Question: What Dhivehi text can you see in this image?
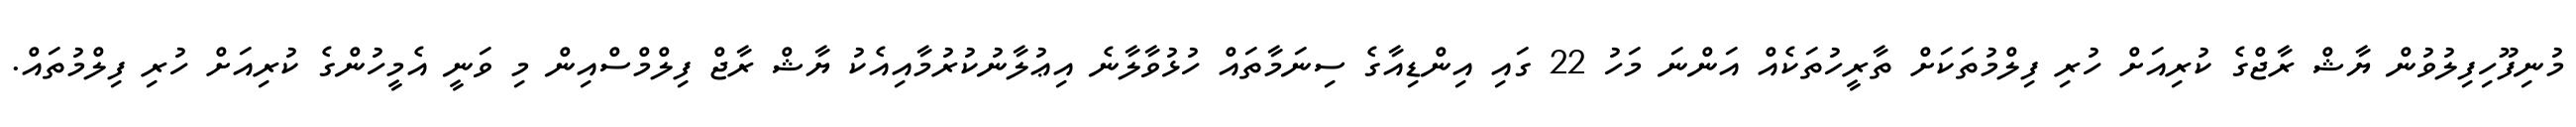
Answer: މުނިފޫހިފިލުވުން ޔާޝް ރާޖްގެ ކުރިއަށް ހުރި ފިލްމުތަކަށް ތާރީހުތަކެއް އަންނަ މަހު 22 ގައި އިންޑިއާގެ ސިނަމާތައް ހުޅުވާލާނެ އިޢުލާނުކުރުމާއިއެކު ޔާޝް ރާޖް ފިލްމްސްއިން މި ވަނީ އެމީހުންގެ ކުރިއަށް ހުރި ފިލްމުތައް.